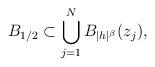
LaTeX: \begin{align*} B_{1/2} \subset \bigcup_{j=1}^N B_{|h|^\beta}(z_j),\end{align*}